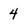
Character: 4